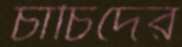
চাচিদের